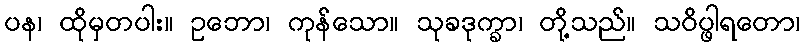
ပန၊ ထိုမှတပါး။ ဥဘော၊ ကုန်သော။ သုခဒုက္ခာ၊ တို့သည်။ သဝိပ္ဖါရတော၊